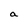
Character: a